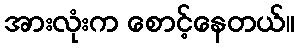
အားလုံးက စောင့်နေတယ်။